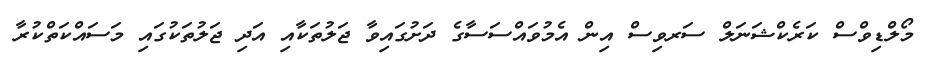
މޯލްޑިވްސް ކަރެކްޝަނަލް ސަރވިސް އިން އެމުވައްސަސާގެ ދަށުގައިވާ ޖަލުތަކާއި އަދި ޖަލުތަކުގައި މަސައްކަތްކުރާ